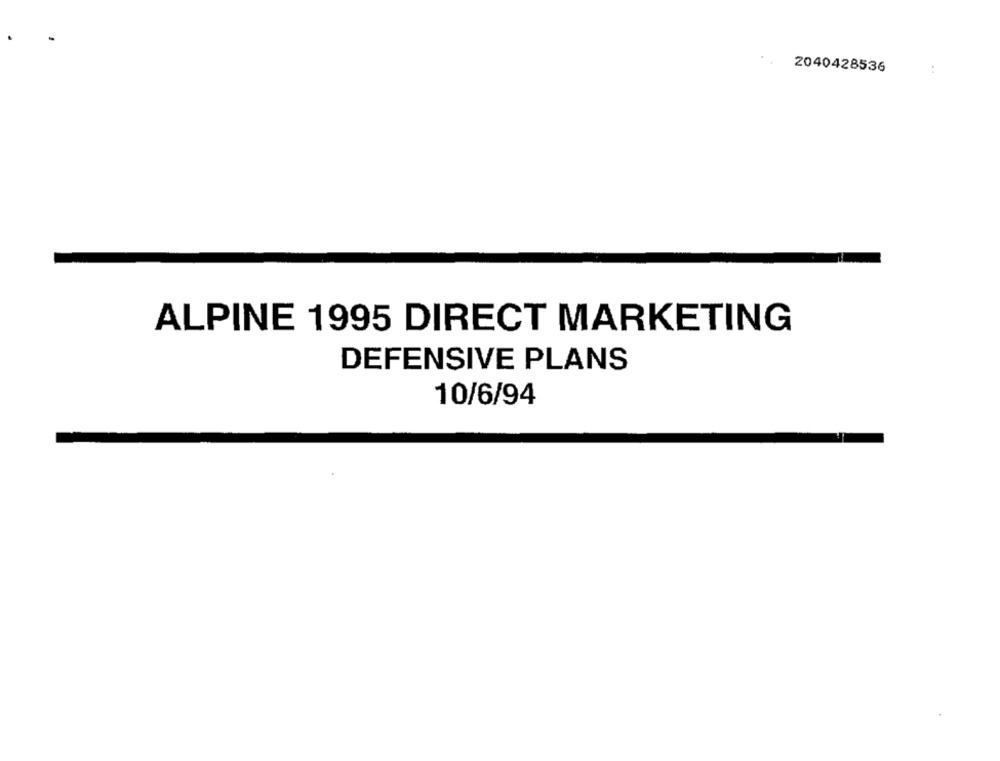
2040428536
:
ALPINE 1995 DIRECT MARKETING
DEFENSIVE PLANS
10/6/94